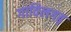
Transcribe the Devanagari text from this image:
गाविलगढ़